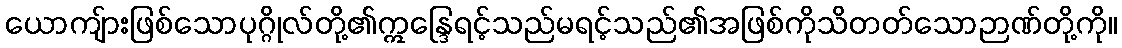
ယောကျ်ားဖြစ်သောပုဂ္ဂိုလ်တို့၏ဣန္ဒြေရင့်သည်မရင့်သည်၏အဖြစ်ကိုသိတတ်သောဉာဏ်တို့ကို။